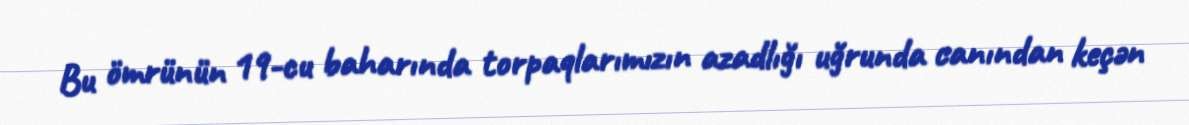
Bu ömrünün 19-cu baharında torpaqlarımızın azadlığı uğrunda canından keçən